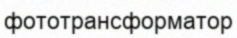
фототрансформатор